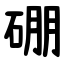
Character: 硼